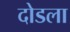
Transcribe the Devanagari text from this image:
दोडला